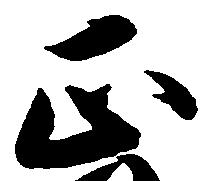
正